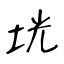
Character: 垙